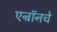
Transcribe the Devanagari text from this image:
एन्रॉनचे